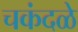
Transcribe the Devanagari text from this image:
चकंदळे